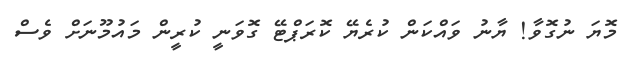
މޮޔަ ނުގޮވާ! ޔާނު ވައްކަން ކުރެޔޭ ކޮރަޕްޓޭ ގޮވަނީ ކުރީން މައުމޫނަށް ވެސް